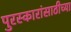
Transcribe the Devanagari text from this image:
पुरस्कारांसाठीच्या